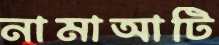
নামাআটি